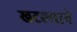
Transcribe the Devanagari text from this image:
खटल्याने